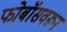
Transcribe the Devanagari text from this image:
फोबॉसवरून